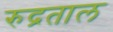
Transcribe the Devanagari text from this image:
रुद्रताल